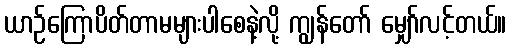
ယာဉ်ကြောပိတ်တာမများပါစေနဲ့လို့ ကျွန်တော် မျှော်လင့်တယ်။